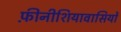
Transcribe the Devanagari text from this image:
फ़ीनीशियावासियों